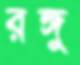
রঙ্গু